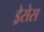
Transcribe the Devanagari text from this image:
ड्रेसेस